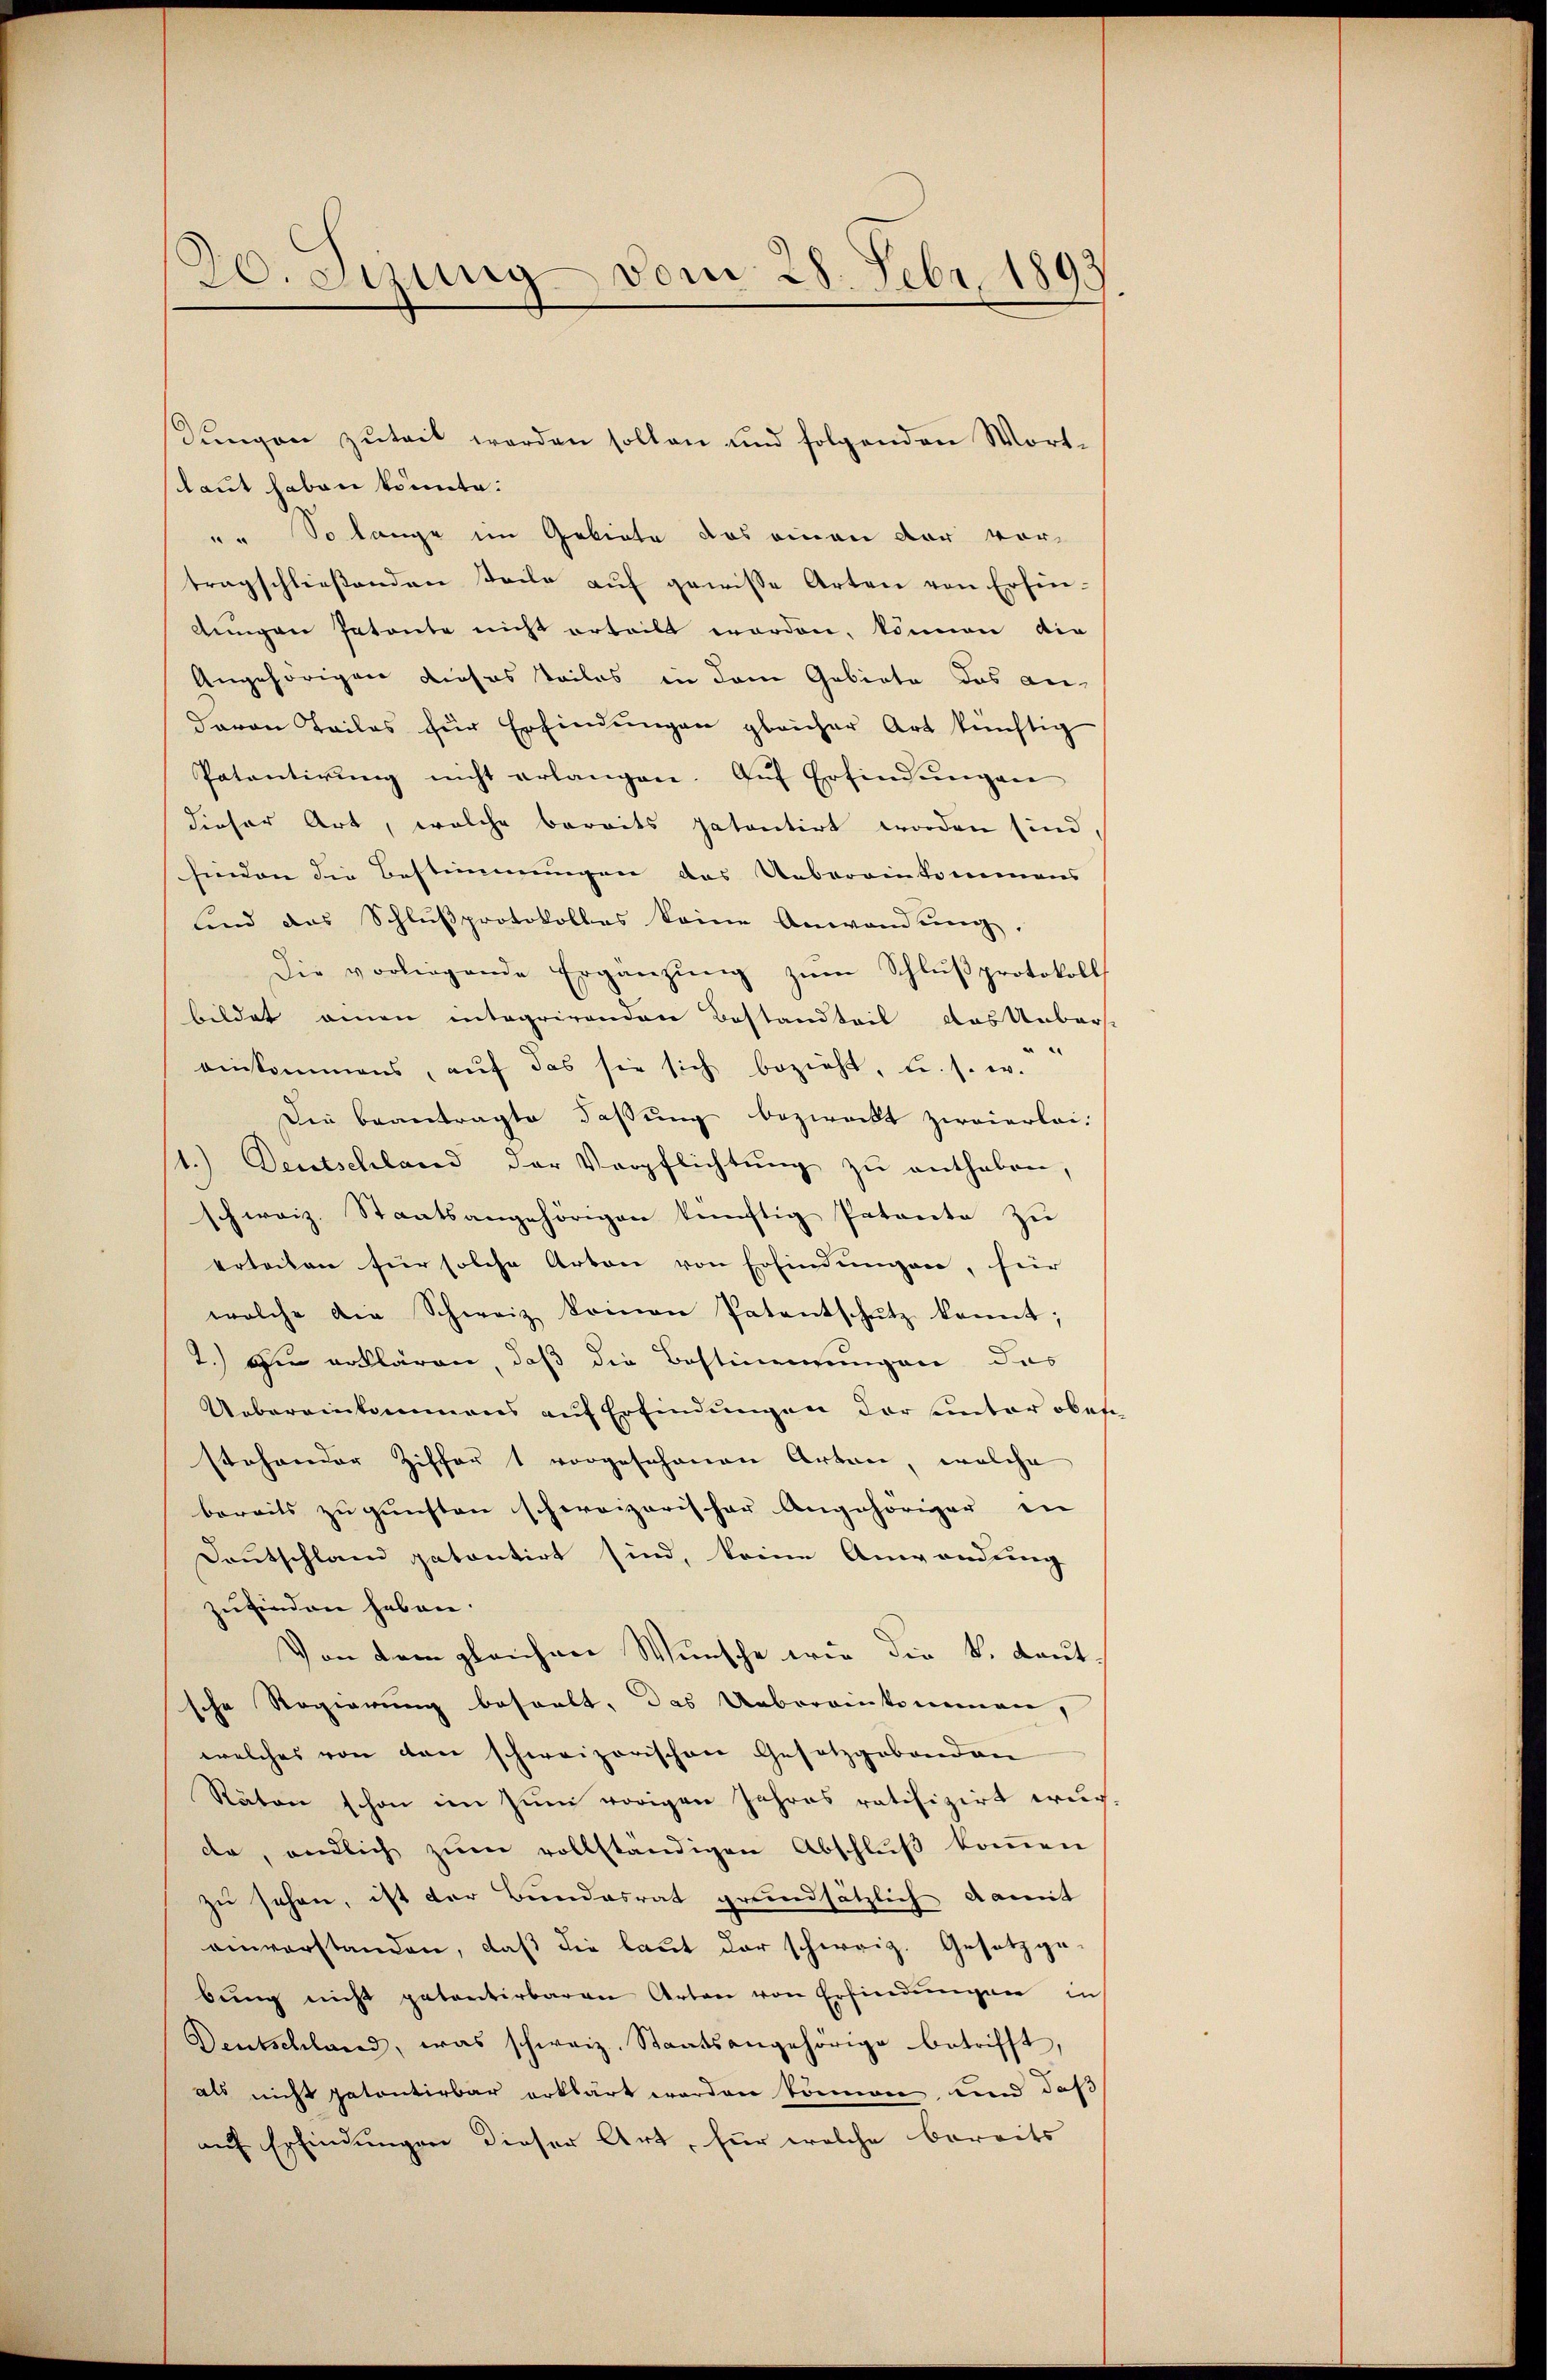
20. Sizung vom 28. Febr. 1892

Sungen zuteil werden sollen und folgenden Wortlaut haben könnte.
a. So lange im Gebiete das einen der vor-
tragschlieβenden Teile aŭf gewisse Arten von Erfin-
lungen Patente nicht erteilt worden, können die
Angehörigen dieses Teiles in dem Gebiete das an
Baron Teiles für Erfindungen gleicher Art künftig
Patentirŭng nicht erlangen. Aŭf Erfindŭngen
dieser Art, welche bereits patentirt worden sind,
finden die Bestimmungen des Uebereinkommens
sind das Schlußprotokolles keine Anwendŭng.
Die vorliegende Ergänzŭng zum Schlußprotokoll
bildet einen integrirenden Bestandteil das Ueber
einkommens, aŭf das sie sich bezieht, u. s. w.
Die beantragte Faßung bezweckt zweierlei¬
1.) Deutschland der Verpflichtung zu enthaben,
schweiz. Staatsangehörigen künftig Patente zŭ
erteilen für solche Arten von Erfindungen, hier
welche die Schweiz kommen Patentschŭtz kannt;
2.) Hie erklären, daß die Bestimmungen das
Uebereinkammens auf Erfindungen der unter ober
stehender Ziffer 1 vorgeschenen Arten, welche
bereits zu gunsten schweizerischer Angehöriger in |
Deutschland patentirt sind, keine Anwendung
zufinden haben.
Von dem gleichere Wunsche wie die k. Lautsche Regierung bestalt, das Uebereinkommen,
welches von den schweizerischen Gesetzgebenden
Räten schon im zum vorigen Jahres ratifizirt wur
da, endlich zum vollständigen Abschluß kommen
zu sehen, ist der Bundesrat grundsätzlich damit
einverstanden, daß die laut der schweiz. Gesetzgebŭng nicht patentirbaren Arten von Erfindungen in
Dentschland, was schweiz. Staatsangehörige betrifft,
als nicht patentirbar erklärt worden können, und daß
auf Erfindungen dieser Art, für welche bereits